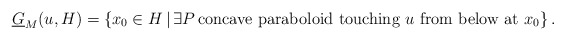
\begin{align*}\underline{G}_{M}(u,H)=\left\{ x_0\in H\,|\,\exists P\,\mbox{concave paraboloid touching $u$ from below at $x_0$}\right\}.\end{align*}